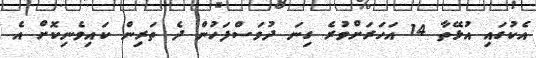
އެކުގައި އުޅޭތާ 14 އަހަރަށްވުރެ ގިނަ ދުވަސްފަހުން ދެ ތަރިން ކައިވެނިކޮށް އެ